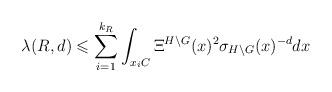
LaTeX: \begin{align*}\displaystyle \lambda(R,d)\leqslant \sum_{i=1}^{k_R} \int_{x_iC} \Xi^{H\backslash G}(x)^2 \sigma_{H\backslash G}(x)^{-d} dx\end{align*}